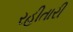
રહીતારી